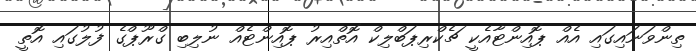
ތިންވަނައިގައި އެއް ޕޮއިންޓާއެކީ ޗެކްރިޕަބްލިކް އޮތްއިރު ޕޮއިންޓެއް ނުލިބި ގްރޫޕްގެ ފުލުގައި އޮތީ